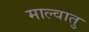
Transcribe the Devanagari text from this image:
माल्वातु